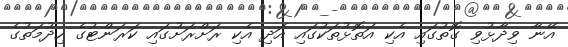
އޭނާ ވިދާޅުވި ގޮތުގައި އެކި އަތޮޅުތަކުގައި އަދި އެކި ރަށްރަށުގައި ކަރަންޓުގެ ހިދުމަތުގެ